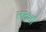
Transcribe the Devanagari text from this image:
लढ्या